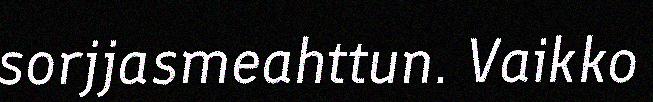
sorjjasmeahttun. Vaikko